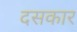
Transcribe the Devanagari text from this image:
दसकार